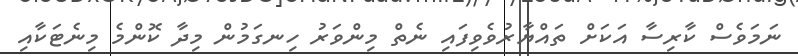
ނަމަވެސް ކާރިސާ އަކަށް ތައްޔާރުވެވިފައި ނެތް މިންވަރު ހިނގަމުން މިދާ ކޮންމެ މިނެޓަކާއި